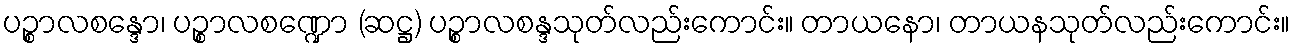
ပဉ္စာလစန္ဒော၊ ပဉ္စာလစဏ္ဍော (ဆဋ္ဌ) ပဉ္စာလစန္ဒသုတ်လည်းကောင်း။ တာယနော၊ တာယနသုတ်လည်းကောင်း။